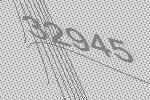
32945